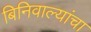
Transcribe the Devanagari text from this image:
बिनिवाल्यांचा